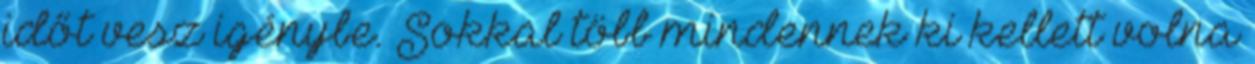
időt vesz igénybe. Sokkal több mindennek ki kellett volna